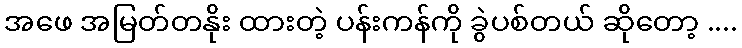
အဖေ အမြတ်တနိုး ထားတဲ့ ပန်းကန်ကို ခွဲပစ်တယ် ဆိုတော့ ....